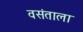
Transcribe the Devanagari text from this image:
वसंताला